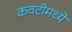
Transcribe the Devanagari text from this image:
कवटीमध्ये